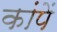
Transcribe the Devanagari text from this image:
कांपें